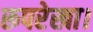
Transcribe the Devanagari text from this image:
रूपरेखा।